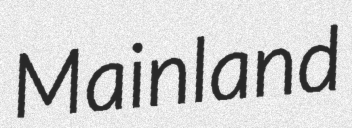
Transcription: Mainland